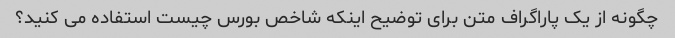
چگونه از یک پاراگراف متن برای توضیح اینکه شاخص بورس چیست استفاده می کنید؟